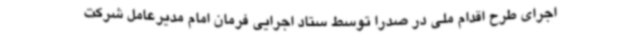
اجرای طرح اقدام ملی در صدرا توسط ستاد اجرایی فرمان امام مدیرعامل شرکت